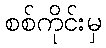
စစ်ကိုင်းမှ